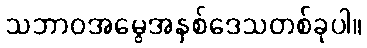
သဘာဝအမွေအနှစ်ဒေသတစ်ခုပါ။